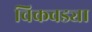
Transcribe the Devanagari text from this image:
चिकवड्या